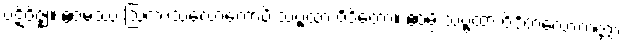
ပဋိဝိဇ္ဈိ။ ဧဝမဿ ဩကာသလောကောပိ သဗ္ဗထာ ဝိဒိတော။ ဧဝမ္ပိ သဗ္ဗထာ ဝိဒိတလောကတ္တာ